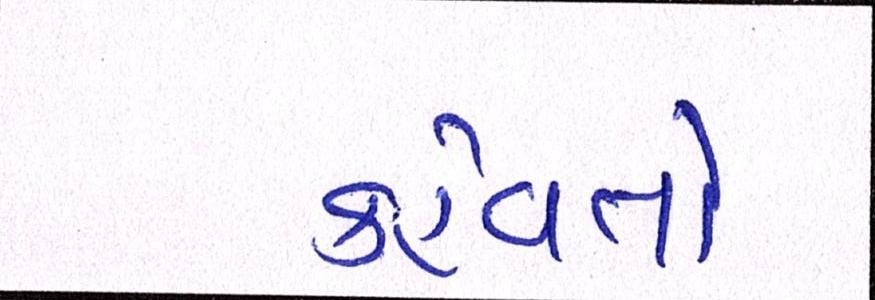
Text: કહેવતો